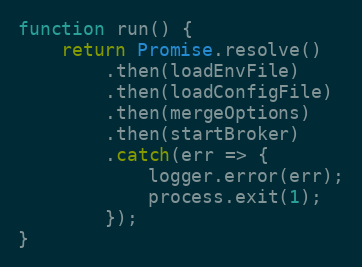
Language: JavaScript
function run() {
	return Promise.resolve()
		.then(loadEnvFile)
		.then(loadConfigFile)
		.then(mergeOptions)
		.then(startBroker)
		.catch(err => {
			logger.error(err);
			process.exit(1);
		});
}